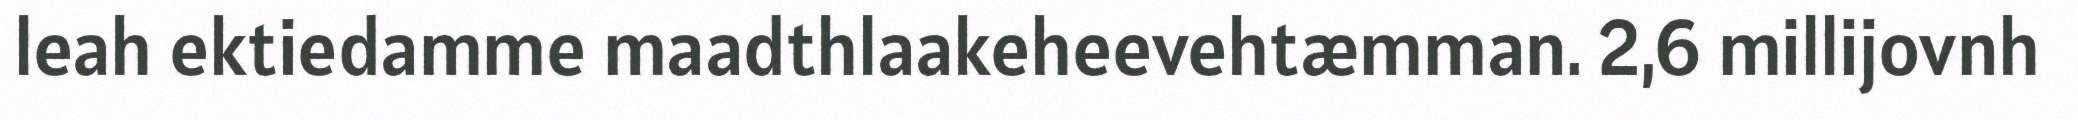
leah ektiedamme maadthlaakeheevehtæmman. 2,6 millijovnh